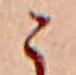
こ